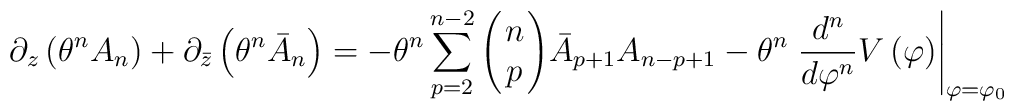
\partial_z\left(\theta^{n}A_n\right)+\partial_{\bar{z}}\left(\theta^n\bar{A}_n\right) = -\theta^n\sum_{p=2}^{n-2}\left(\!\!\begin{array}{c}n\\p\end{array}\!\!\right)\!\bar{A}_{p+1}A_{n-p+1}-\theta^n\left.\frac{d^n}{d\varphi^n}V\left(\varphi\right)\right|_{\varphi=\varphi_0}